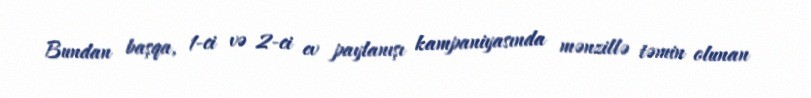
Bundan başqa, 1-ci və 2-ci ev paylanışı kampaniyasında mənzillə təmin olunan